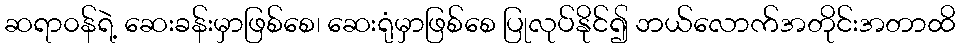
ဆရာ၀န်ရဲ့ ဆေးခန်းမှာဖြစ်စေ၊ ဆေးရုံမှာဖြစ်စေ ပြုလုပ်နိုင်၍ ဘယ်လောက်အတိုင်းအတာထိ